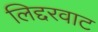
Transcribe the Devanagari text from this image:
लिद्दरवाट